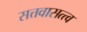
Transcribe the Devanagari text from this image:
सत्तवासत्त्व